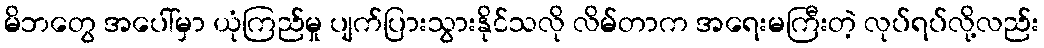
မိဘတွေ အပေါ်မှာ ယုံကြည်မှု ပျက်ပြားသွားနိုင်သလို လိမ်တာက အရေးမကြီးတဲ့ လုပ်ရပ်လို့လည်း